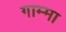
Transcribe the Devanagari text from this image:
गाम्मा